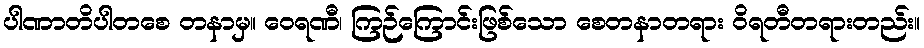
ပါဏာတိပါတစေ တနာမှ။ ဝေရဏီ၊ ကြဉ်ကြောင်းဖြစ်သော စေတနာတရား ဝိရတီတရားတည်း။